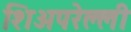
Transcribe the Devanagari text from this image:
शिअपरेल्ली